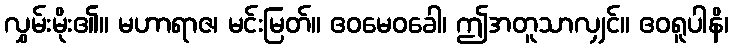
လွှမ်းမိုး၏။ မဟာရာဇ၊ မင်းမြတ်။ ဧဝမေဝခေါ၊ ဤအတူသာလျှင်။ ဧဝရူပါနိ၊